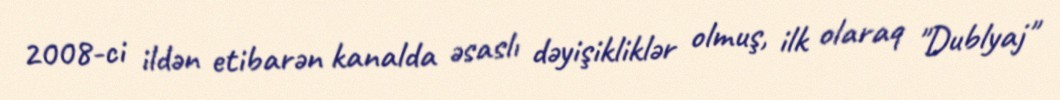
2008-ci ildən etibarən kanalda əsaslı dəyişikliklər olmuş, ilk olaraq "Dublyaj"